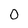
Character: 0